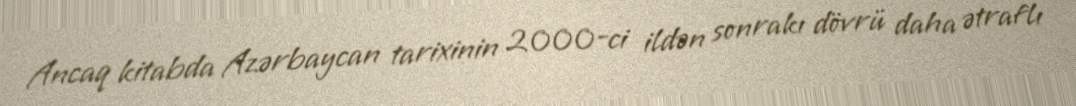
Ancaq kitabda Azərbaycan tarixinin 2000-ci ildən sonrakı dövrü daha ətraflı